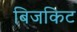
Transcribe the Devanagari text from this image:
बिजकिट